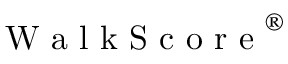
\mathrm { ~ W ~ a ~ l ~ k ~ S ~ c ~ o ~ r ~ e ~ } ^ { \textregistered }